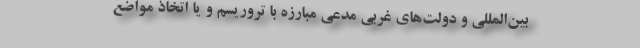
بین‌المللی و دولت‌های غربی مدعی مبارزه با تروریسم و یا اتخاذ مواضع